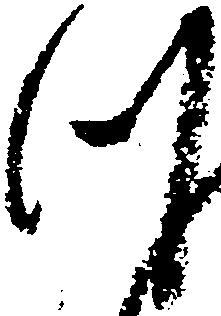
つ